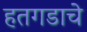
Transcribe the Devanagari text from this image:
हतगडाचे